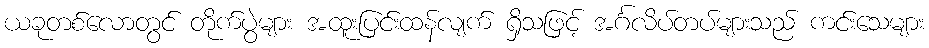
ယခုတစ်လောတွင် တိုက်ပွဲများ အထူးပြင်းထန်လျက် ရှိသဖြင့် အင်္ဂလိပ်တပ်များသည် ကင်းသေများ